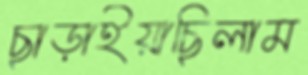
ছাড়াইয়াছিলাম